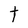
Character: t